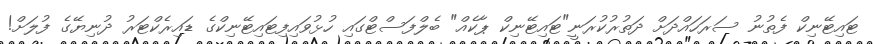
ޓައިޓޭނިކް ފެތުނު ސަރަހައްދަށް ދަތުރުކުރަނީ"ޓައިޓޭނިކް ޕާކެއް" ބެލްފަސްޓްގައި ހުޅުވައިފިޓައިޓޭނިކްގެ ޑައިރެކްޓަރު ދުނިޔޭގެ ފުލަށް!